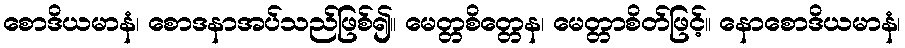
စောဒိယမာနံ၊ စောဒနာအပ်သည်ဖြစ်၍။ မေတ္တစိတ္တေန၊ မေတ္တာစိတ်ဖြင့်။ နောစောဒိယမာနံ၊